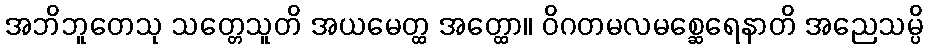
အဘိဘူတေသု သတ္တေသူတိ အယမေတ္ထ အတ္ထော။ ဝိဂတမလမစ္ဆေရေနာတိ အညေသမ္ပိ